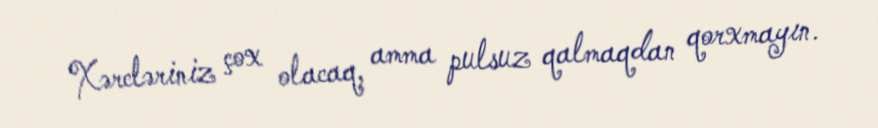
Xərcləriniz çox olacaq, amma pulsuz qalmaqdan qorxmayın.